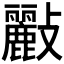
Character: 𣀷